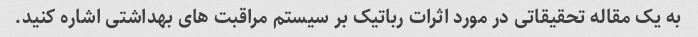
به یک مقاله تحقیقاتی در مورد اثرات رباتیک بر سیستم مراقبت های بهداشتی اشاره کنید.